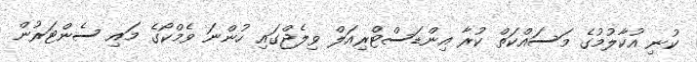
ކުނި އުކާލުމުގެ މަސައްކަތް ކުރާ އިންޑަސްޓްރިއަލް ވިލެޖްގައި ހުންނަ ވެމްކޯގެ މައި ސެންޓަރުން